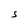
Character: S